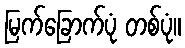
မြက်ခြောက်ပုံ တစ်ပုံ။